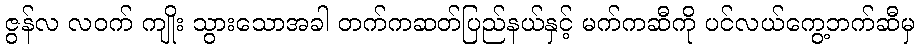
ဇွန်လ လဝက် ကျိုး သွားသောအခါ တက်ကဆတ်ပြည်နယ်နှင့် မက်ကဆီကို ပင်လယ်ကွေ့ဘက်ဆီမှ